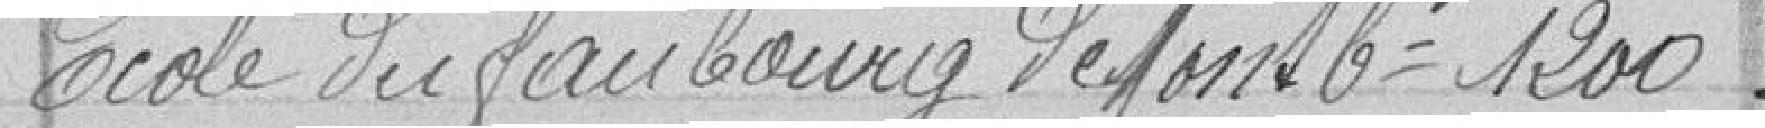
Ecole du faubourg de Mont 1200